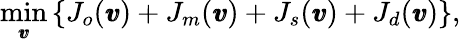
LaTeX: \displaystyle{\operatorname*{min}_{\pmb{v}}}\left\{ J_{o}(\pmb{v})+J_{m}(\pmb{v})+J_{s}(\pmb{v})+J_{d}(\pmb{v})\right\} ,